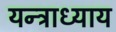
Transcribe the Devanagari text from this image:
यन्त्राध्याय